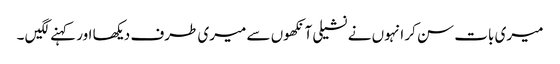
میری بات سن کر انہوں نے نشیلی آنکھوں سے میری طرف دیکھا اور کہنے لگیں ۔